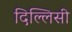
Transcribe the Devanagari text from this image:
दिल्लिसी